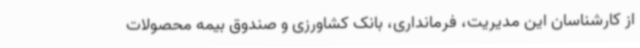
از کارشناسان این مدیریت، فرمانداری، بانک کشاورزی و صندوق بیمه محصولات